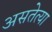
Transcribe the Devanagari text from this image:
असतेत्या